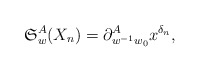
\begin{gather*}\mathfrak{S}_w^{A}(X_n) = \partial_{w^{-1} w_{0}}^{A} x^{\delta_n},\end{gather*}